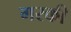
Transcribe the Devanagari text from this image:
गरकी